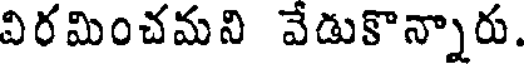
విరమించమని వేడుకొన్నారు.